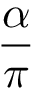
\frac { \alpha } { \pi }